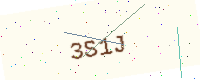
Text: 3S1J